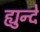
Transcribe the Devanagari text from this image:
ह्युन्दे